Civil Veterinary Department. Madras. Admin. report 1926-33 - 1926-1933
Year: 1926
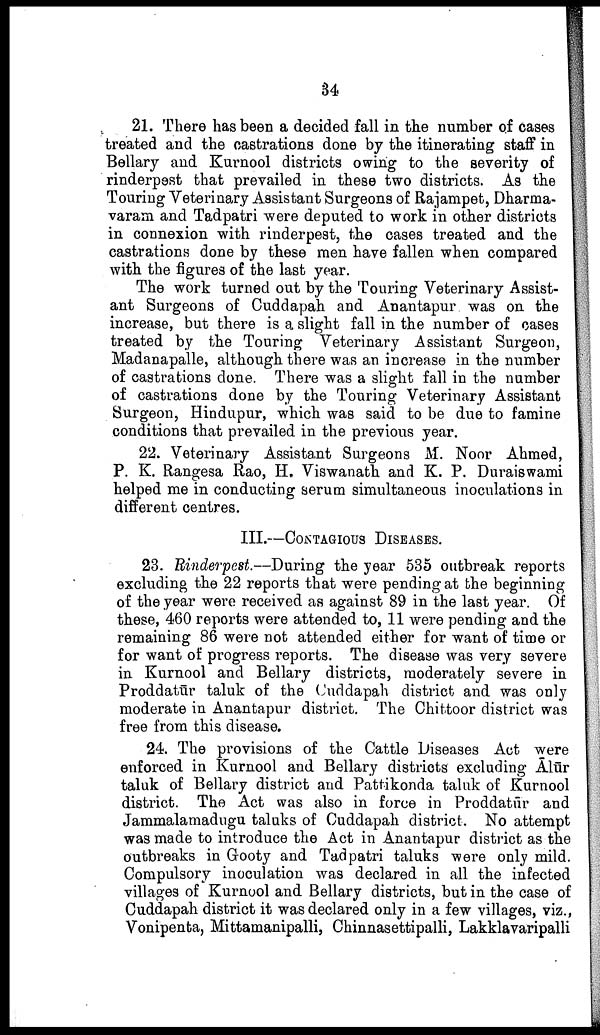
54
21. There has been a decided fall in the number of cases
treated and the castrations done by the itinerating staff in
Bellary and Kurnool districts owing to the severity of
rinderpest that prevailed in these two districts. As the
Touring Veterinary Assistant Surgeons of Rajampet, Dharma-
varam and Tadpatri were deputed to work in other districts
in connexion with rinderpest, the cases treated and the
castrations done by these men have fallen when compared
with the figures of the last year.
The work turned out by the Touring Veterinary Assist
ant Surgeons of Cuddapah and Anantapur was on the
increase, but there is a slight fall in the number of cases
treated by the Touring Veterinary Assistant Surgeon,
Madanapalle, although there was an increase in the number
of castrations done. There was a slight fall in the number
of castrations done by the Touring Veterinary Assistant
Surgeon, Hindupur, which was said to be due to famine
conditions that prevailed in the previous year.
22. Veterinary Assistant Surgeons M. Noor Ahmed,
P. K. Rangesa Rao, H. Viswanath and K. P. Duraiswami
helped me in conducting serum simultaneous inoculations in
different centres.
III.—CONTAGIOUS DISEASES.
23. Rinderpest.—During the year 535 outbreak reports
excluding the 22 reports that were pending at the beginning
of the year were received as against 89 in the last year. Of
these, 460 reports were attended to, 11 were pending and the
remaining 86 were not attended either for want of time or
for want of progress reports. The disease was very severe
in Kurnool and Bellary districts, moderately severe in
Proddatūr taluk of the Cuddapah district and was only
moderate in Anantapur district. The Chittoor district was
free from this disease.
24. The provisions of the Cattle Diseases Act were
enforced in Kurnool and Bellary districts excluding Ālūr
taluk of Bellary district and Pattikonda taluk of Kurnool
district. The Act was also in force in Proddatūr and
Jammalamadugu taluks of Cuddapah district. No attempt
was made to introduce the Act in Anantapur district as the
outbreaks in Grooty and Tadpatri taluks were only mild.
Compulsory inoculation was declared in all the infected
villages of Kurnool and Bellary districts, but in the case of
Cuddapah district it was declared only in a few villages, viz.,
Vonipenta, Mittamanipalli, Chinnasettipalli, Lakklavaripalli